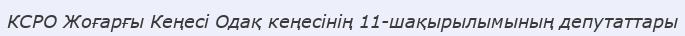
КСРО Жоғарғы Кеңесі Одақ кеңесінің 11-шақырылымының депутаттары